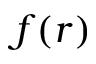
f ( r )